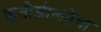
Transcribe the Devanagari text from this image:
कृतीशीलतेचा